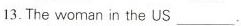
13.The woman in the US ___.